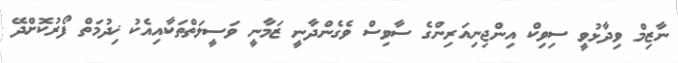
ނާޒިމް ވިދާޅުވީ ސިވިކް އިންޖިނިއަރިންގެ ސާވިސް ވެގެންދާނީ ޒަމާނީ ވަސީލަތްތަކާއިއެކު ޚިދުމަތް ފޯރުކޮށްދޭ